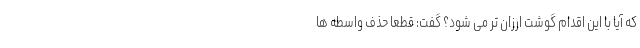
که آیا با این اقدام گوشت ارزان تر می شود؟ گفت: قطعا حذف واسطه ها